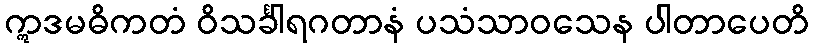
ဣဒမဓိကတံ ဝိသင်္ခါရဂတာနံ ပသံသာဝသေန ပါတာပေတိ